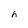
Character: h